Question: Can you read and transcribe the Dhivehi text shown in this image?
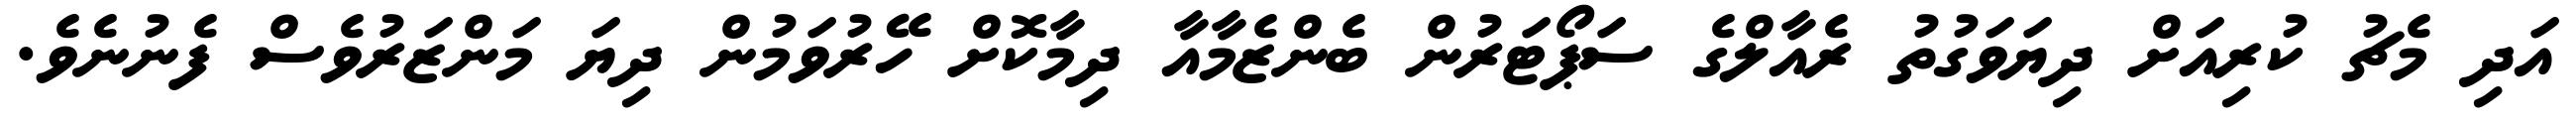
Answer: އަދި މެޗު ކުރިއަށް ދިޔަވަގުތު ރެއާލްގެ ސަޕޯޓަރުން ބެންޒެމާއާ ދިމާކޮށް ހޭރުވަމުން ދިޔަ މަންޒަރުވެސް ފެނުނެވެ.